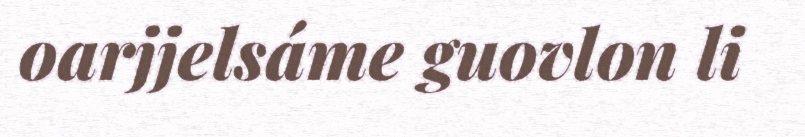
oarjjelsáme guovlon li